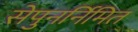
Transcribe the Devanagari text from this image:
सेपुनर्निमित